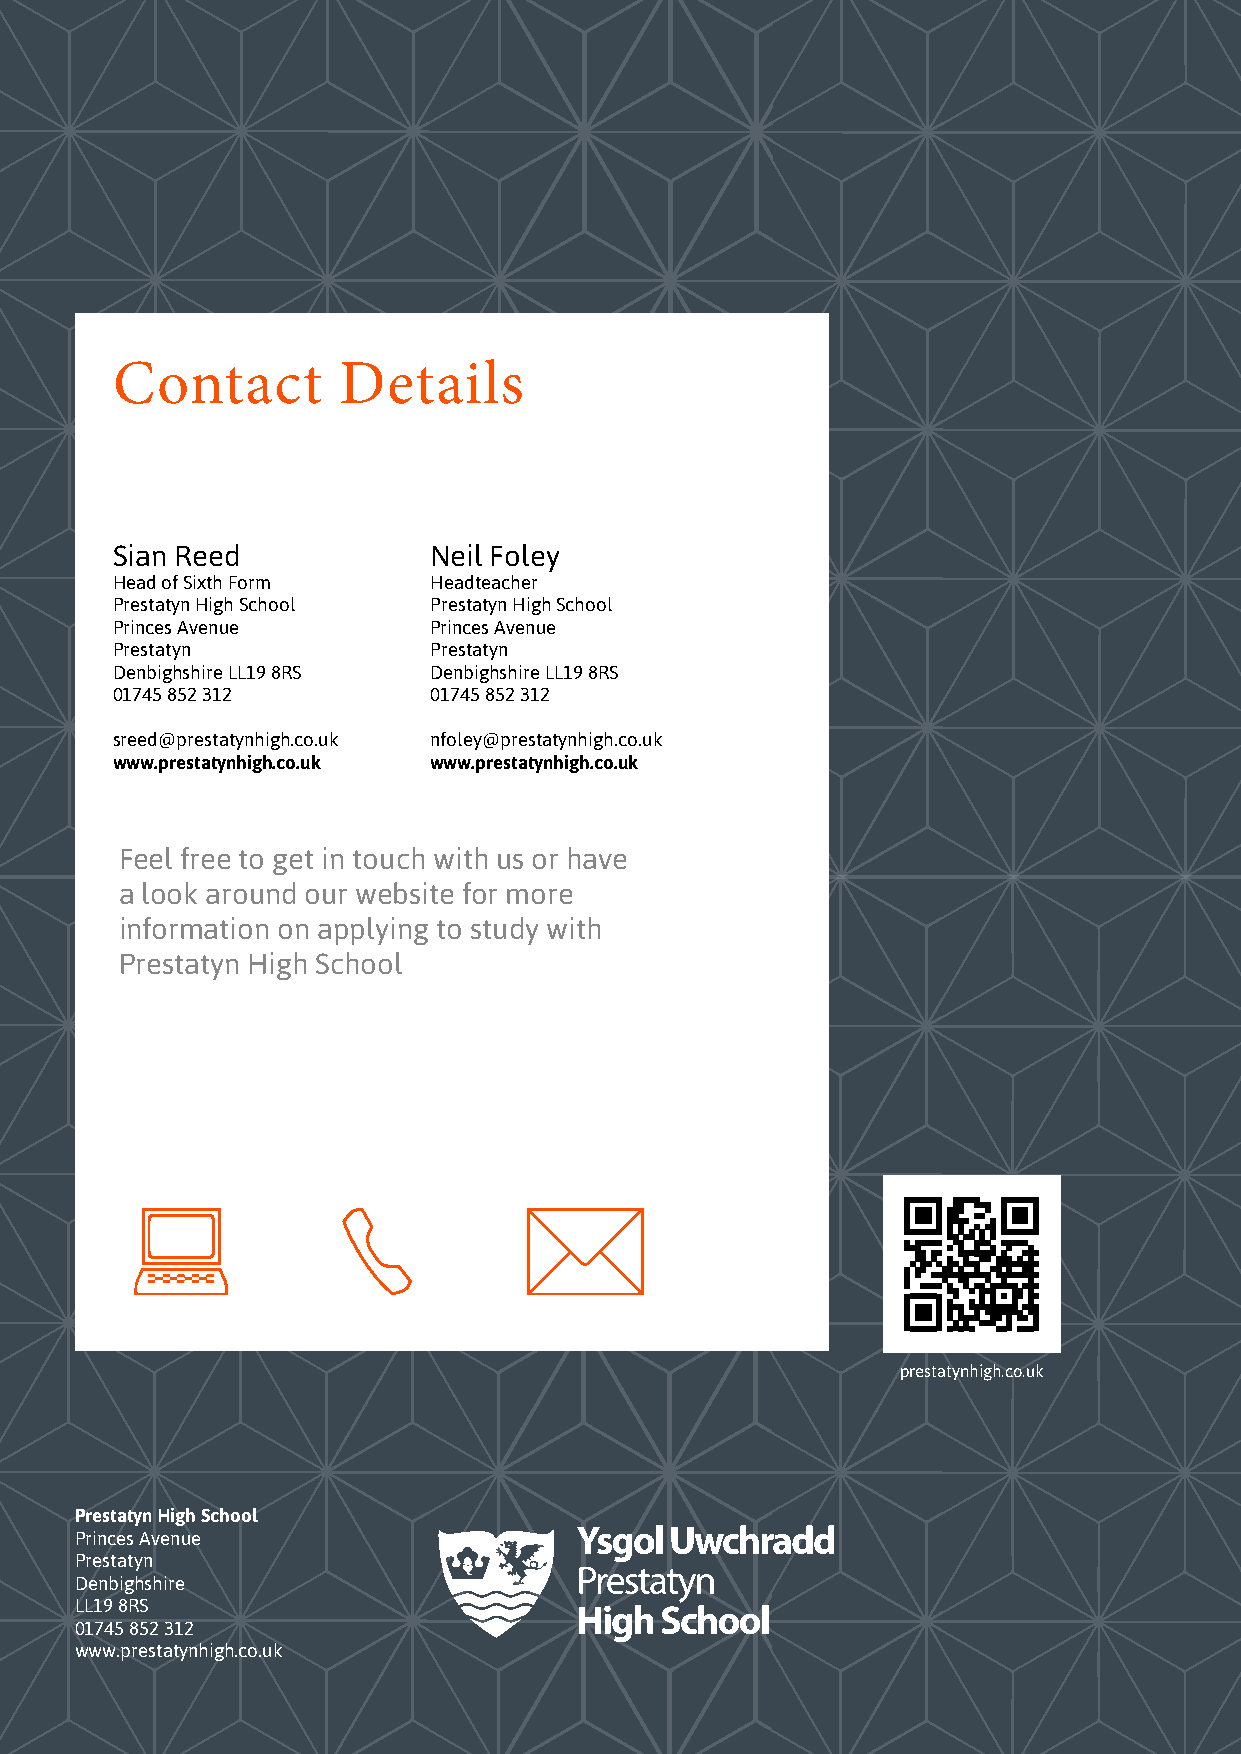
Contact        Details
 Sian Reed            Neil Foley
 Head of Sixth Form   Headteacher
 Prestatyn High School Prestatyn High School
 Princes Avenue       Princes Avenue
 Prestatyn            Prestatyn
 Denbighshire LL19 8RS Denbighshire LL19 8RS
 01745 852 312        01745 852 312
 sreed@prestatynhigh.co.uk nfoley@prestatynhigh.co.uk
 www.prestatynhigh.co.uk www.prestatynhigh.co.uk
 Feel free to get in touch with us or have
 a look around our website for more
 information on applying to study with
 Prestatyn High School
 prestatynhigh.co.uk
 Prestatyn High School
 Princes Avenue
 Prestatyn
 Denbighshire
 LL19 8RS
 01745 852 312
 www.prestatynhigh.co.uk